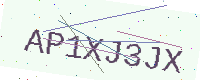
Text: AP1XJ3JX